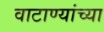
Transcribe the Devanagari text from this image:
वाटाण्यांच्या